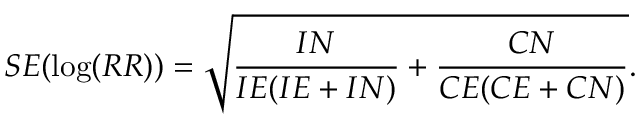
S E ( \log ( R R ) ) = { \sqrt { { \frac { I N } { I E ( I E + I N ) } } + { \frac { C N } { C E ( C E + C N ) } } } } .